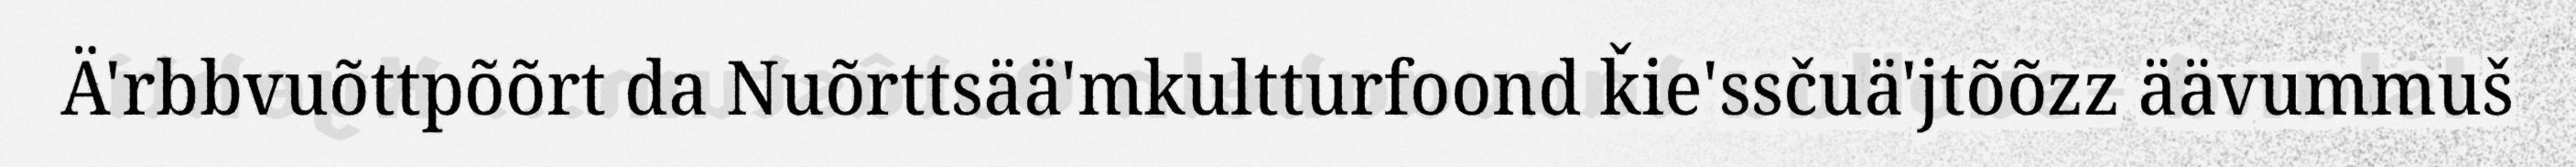
Ä'rbbvuõttpõõrt da Nuõrttsää'mkultturfoond ǩie'ssčuä'jtõõzz äävummuš